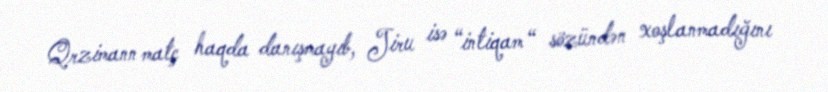
Qrzimann matç haqda danışmayıb, Jiru isə “intiqam “ sözündən xoşlanmadığını